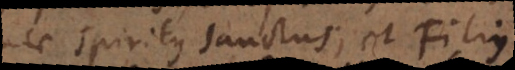
nec Spiritus Sanctus; et Filius